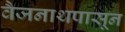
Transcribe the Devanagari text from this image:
वैजनाथपासून